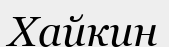
Хайкин